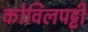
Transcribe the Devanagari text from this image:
कोविलपट्टी